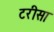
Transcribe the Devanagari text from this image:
टरीसा